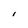
Character: l